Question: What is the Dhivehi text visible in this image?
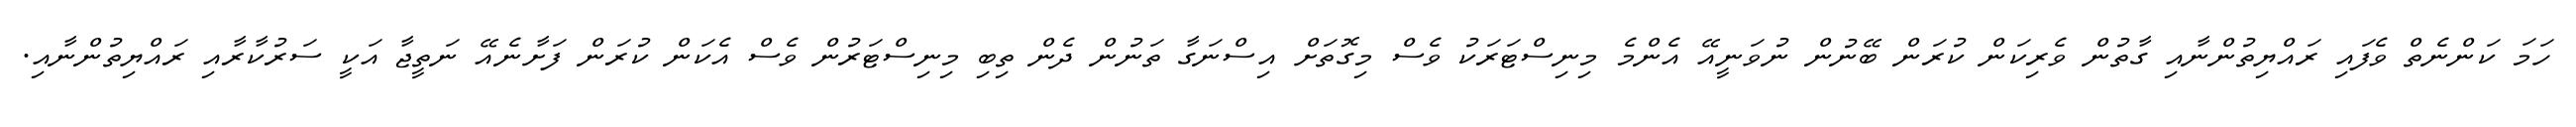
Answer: ހަމަ ކަންނެތް ވެފައި ރައްޔިތުންނާއި ގާތުން ވެރިކަން ކުރަން ބޭނުން ނުވަނީއޭ އެންމެ މިނިސްޓަރަކު ވެސް މިގޮތަށް އިސްނަގާ ތަނުން ދެން ތިބި މިނިސްޓަރުން ވެސް އެކަން ކުރަން ފަށާނެއޭ ނަތީޖާ އަކީ ސަރުކާރާއި ރައްޔިތުންނާއި.